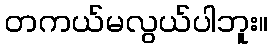
တကယ်မလွယ်ပါဘူး။